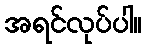
အရင်လုပ်ပါ။